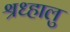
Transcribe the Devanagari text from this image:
श्रध्हालु